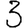
Digit: 3